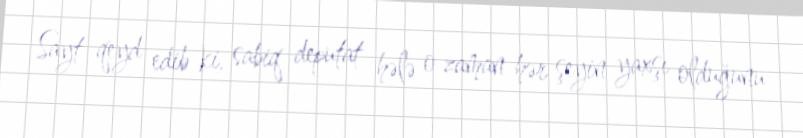
Sayt qeyd edib ki, sabiq deputat hələ o zaman hər şeyin yaxşı olduğunu